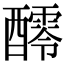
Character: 𨣖